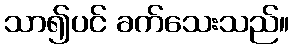
သာ၍ပင် ခက်သေးသည်။